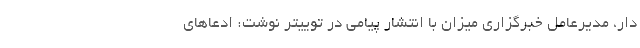
دار، مدیرعامل خبرگزاری میزان با انتشار پیامی در توییتر نوشت: ادعا‌های